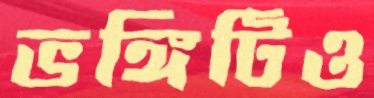
ভঙ্গিটিও